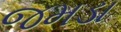
જમડા